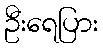
ဦးရေပြား